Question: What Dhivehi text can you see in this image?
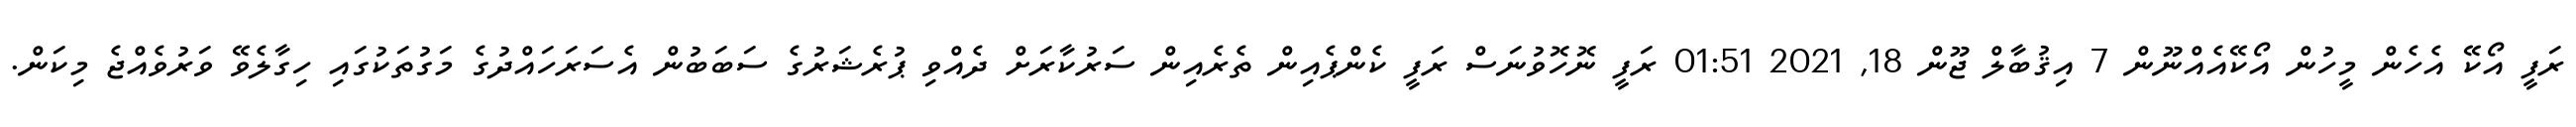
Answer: ރަފީ އޯކޭ އެހެން މީހުން އޯކޭއެއްނޫން 7 އިޤުބާލް ޖޫން 18, 2021 01:51 ރަފީ ނޮހޮވުނަސް ރަފީ ކެންޕެއިން ތެރެއިން ސަރުކާރަށް ދެއްވި ޕުރެޝަރުގެ ސަބަބުން އެސަރަހައްދުގެ މަގުތަކުގައި ހިގާލެވޭ ވަރުވެއްޖެ މިކަން.